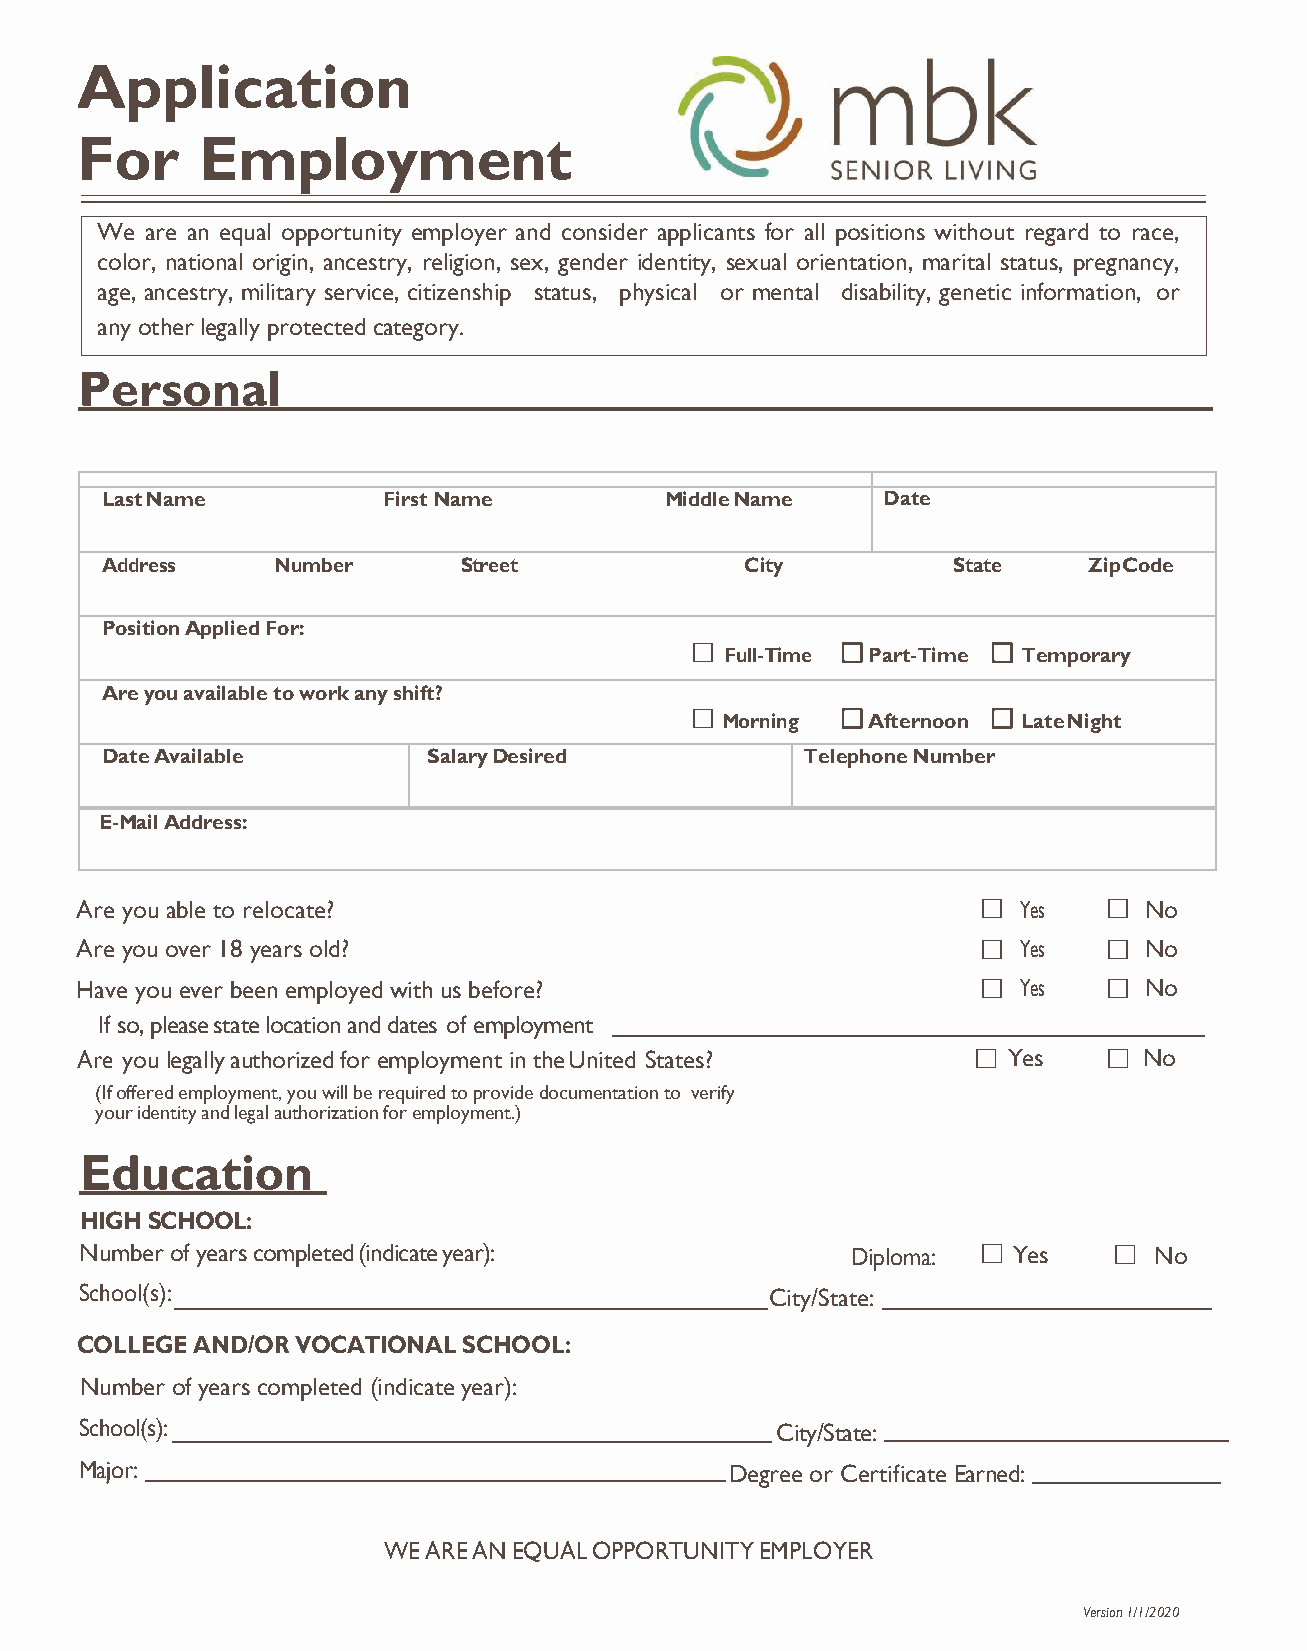
Application
 For     Employment
 We  are an equal opportunity employer and consider applicants for all positions without regard to race,
 color, national origin, ancestry, religion, sex, gender identity, sexual orientation, marital status, pregnancy,
 age, ancestry, military service, citizenship status, physical or mental disability, genetic information, or
 any other legally protected category.
 Personal
 Last Name         First Name         Middle Name   Date
 Address    Number      Street             City          State    Zip Code
 Position Applied For:
 
 Full-Time
 
 Part-Time
 
 Temporary
 Are you available to work any shift?
 
 Morning
 
 Afternoon
 
 Late Night
 Date Available       Salary Desired           Telephone Number
 E-Mail Address:
 Are you able to relocate?                                    Yes     No
 Are you over 18 years old?                                   Yes     No
 Have you ever been employed with us before?                  Yes     No
 If so, please state location and dates of employment
 Are you legally authorized for employment in the United States?  Yes  No
 (If offered employment, you will be required to provide documentation to verify
 your identity and legal authorization for employment.)
 Education
 H IGH SCHOOL:
 Number of years completed (indicate year):         Diploma:  Yes     No
 School(s):                                    City/State:
 COLLEGE AND/OR VOCATIONAL SCHOOL:
 Number of years completed (indicate year):
 School(s):                                    City/State:
 Major:                                     Degree or Certificate Earned:
 WE ARE AN EQUAL OPPORTUNITY EMPLOYER
 Version 1/1/2020